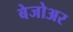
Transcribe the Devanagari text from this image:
बेजोअर